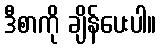
ဒီစာကို ချိန်ပေးပါ။